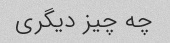
چه چیز دیگری